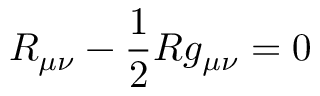
R _ { \mu \nu } - \frac { 1 } { 2 } R g _ { \mu \nu } = 0